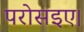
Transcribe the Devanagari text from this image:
परोसइए।